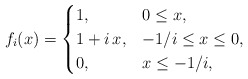
\begin{align*}f_i(x)=\begin{cases}1, &0\le x,\\1+i\,x, & -1/i\le x\le 0,\\0, &x\le -1/i,\end{cases}\end{align*}